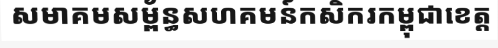
សមាគមសម្ព័ន្ធសហគមន៍កសិករកម្ពុជាខេត្ត